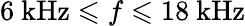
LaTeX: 6~\mathrm{kHz}\leqslant f\leqslant 18~\mathrm{kHz}